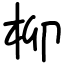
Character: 柳